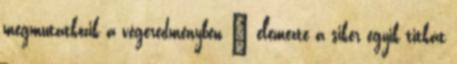
megmutatkozik a végeredményben – elemezte a siker egyik titkát